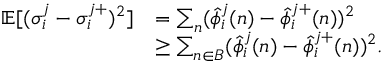
\begin{array} { r l } { \mathbb { E } [ ( \sigma _ { i } ^ { j } - \sigma _ { i } ^ { j + } ) ^ { 2 } ] } & { = \sum _ { n } ( \widehat { \phi } _ { i } ^ { j } ( n ) - \widehat { \phi } _ { i } ^ { j + } ( n ) ) ^ { 2 } } \\ & { \ge \sum _ { n \in B } ( \widehat { \phi } _ { i } ^ { j } ( n ) - \widehat { \phi } _ { i } ^ { j + } ( n ) ) ^ { 2 } . } \end{array}